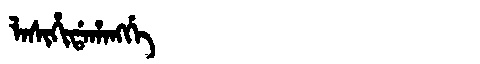
Manchu: ᠯᠠᠰᡳᡥᡳᡩᠠᡥᠠᠩᡤᡝ
Romanization: LASIHIDAHANGGE